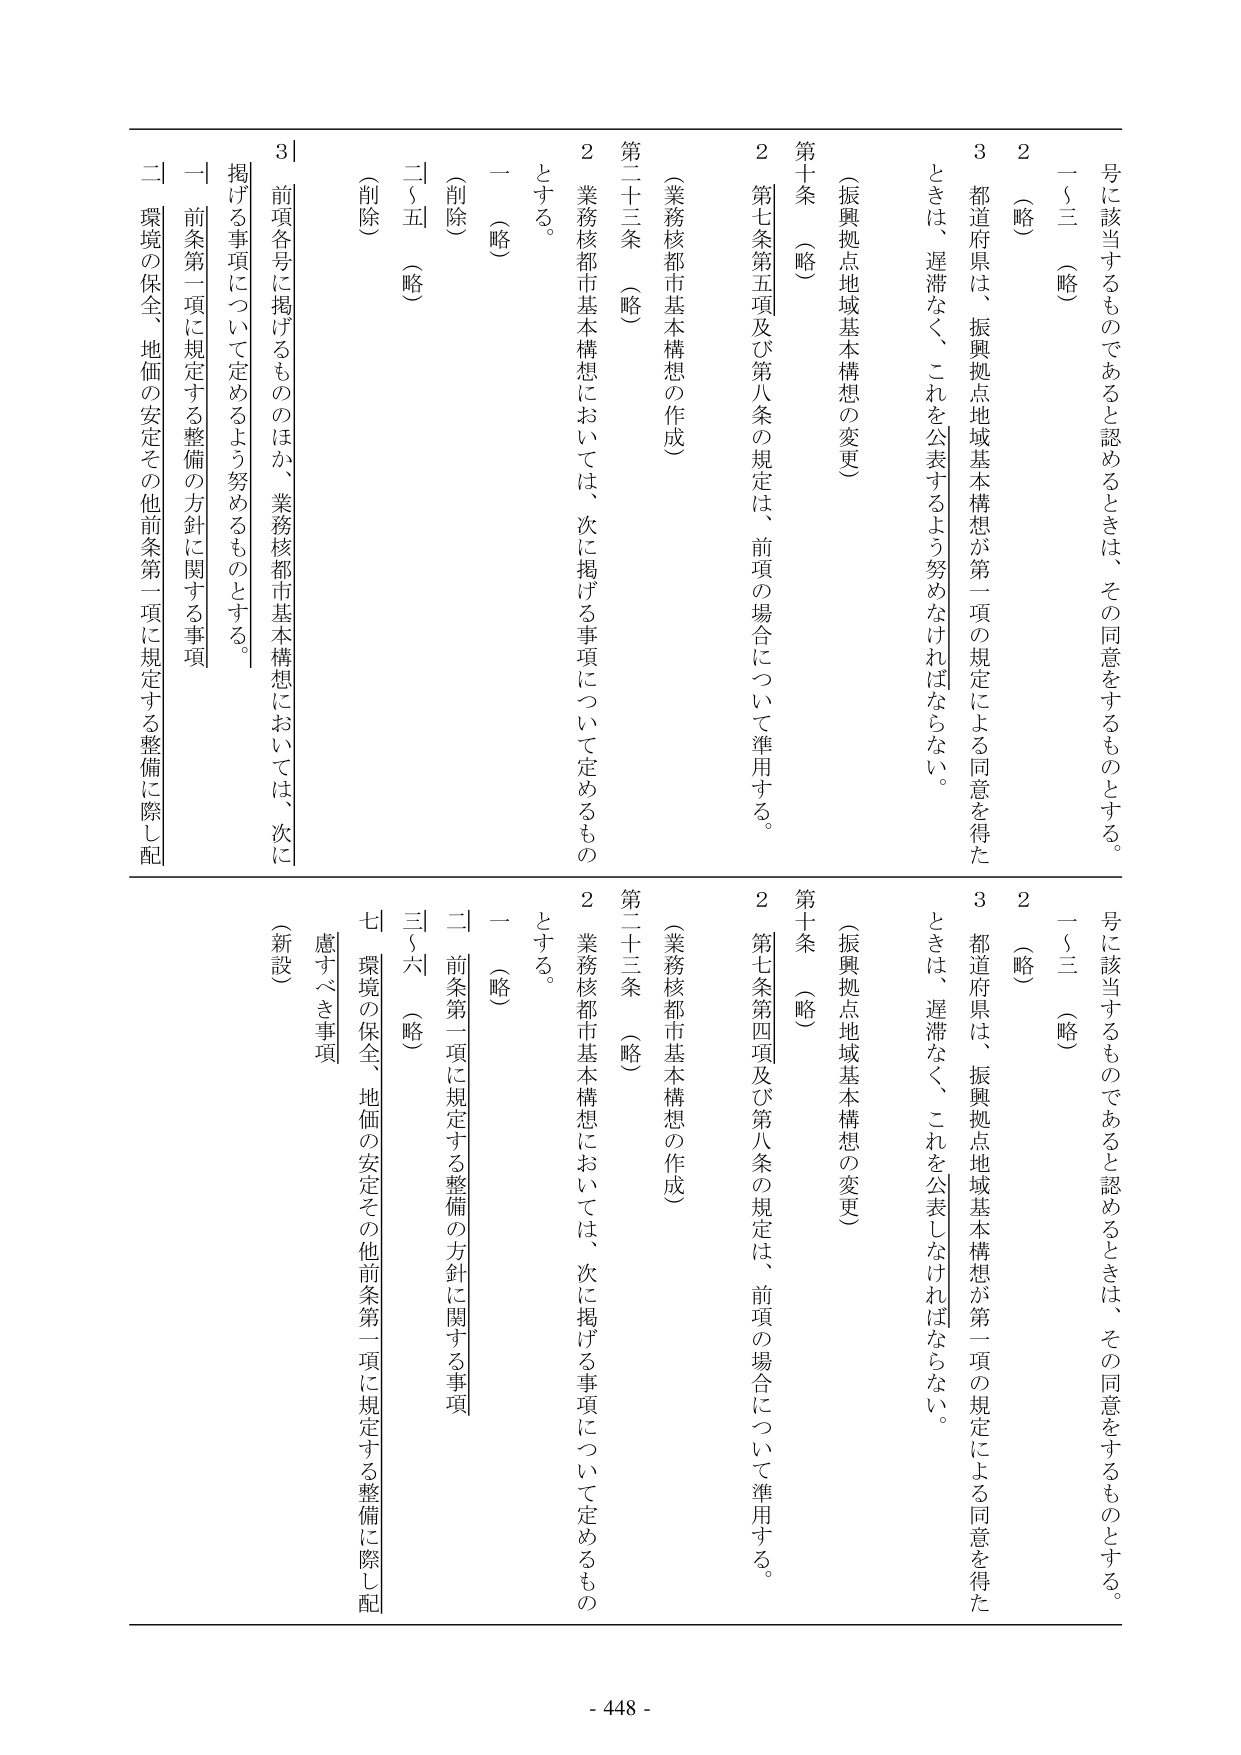
号に該当するものであると認めるときは、その同意をするものとする。
一～三（略）
２（略）
３都道府県は、振興拠点地域基本構想が第一項の規定による同意を得たときは、遅滞なく、これを公表するよう努めなければならない。
第十条（略）
（振興拠点地域基本構想の変更）
２第七条第五項及び第八条の規定は、前項の場合について準用する。
第二十三条（略）
（業務核都市基本構想の作成）
２業務核都市基本構想においては、次に掲げる事項について定めるものとする。
一（略）
（削除）
二～五（略）
（削除）
３前項各号に掲げるもののほか、業務核都市基本構想においては、次に掲げる事項について定めるよう努めるものとする。
一前条第一項に規定する整備の方針に関する事項
二環境の保全、地価の安定その他前条第一項に規定する整備に際し配

号に該当するものであると認めるときは、その同意をするものとする。
一～三（略）
２（略）
３都道府県は、振興拠点地域基本構想が第一項の規定による同意を得たときは、遅滞なく、これを公表しなければならない。
第十条（略）
（振興拠点地域基本構想の変更）
２第七条第四項及び第八条の規定は、前項の場合について準用する。
第二十三条（略）
（業務核都市基本構想の作成）
２業務核都市基本構想においては、次に掲げる事項について定めるものとする。
一（略）
二前条第一項に規定する整備の方針に関する事項
三～六（略）
七環境の保全、地価の安定その他前条第一項に規定する整備に際し配慮すべき事項
（新設）

- 448 -